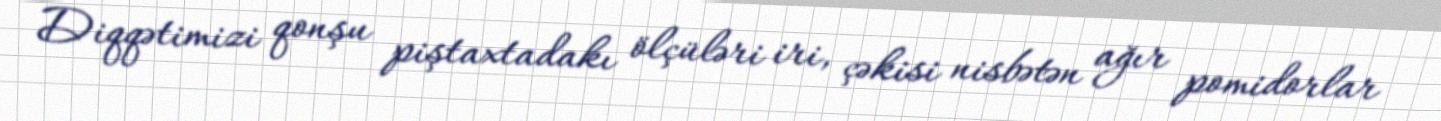
Diqqətimizi qonşu piştaxtadakı ölçüləri iri, çəkisi nisbətən ağır pomidorlar